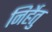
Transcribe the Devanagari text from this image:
निर्हेतु